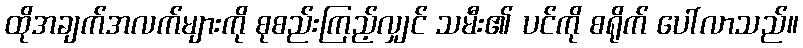
ထိုအချက်အလက်များကို စုစည်းကြည့်လျှင် သမီး၏ ပင်ကို စရိုက် ပေါ်လာသည်။